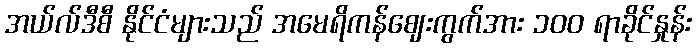
အယ်လ်ဒီစီ နိုင်ငံများသည် အမေရိကန်ဈေးကွက်အား ၁၀၀ ရာခိုင်နှုန်း